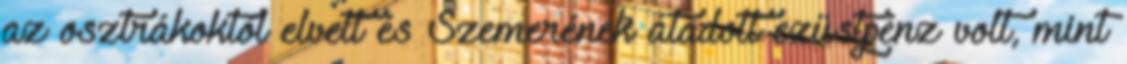
az osztrákoktól elvett és Szemerének átadott ezüstpénz volt, mint